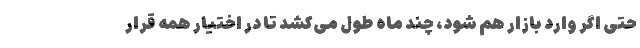
حتی اگر وارد بازار هم شود، چند ماه طول می‌کشد تا در اختیار همه قرار